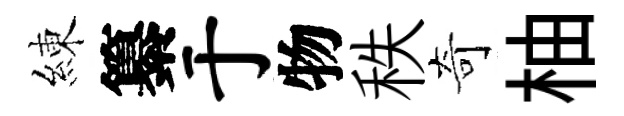
練纂于物秩奇柚